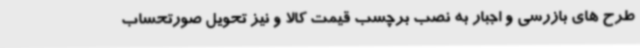
طرح های بازرسی و اجبار به نصب برچسب قیمت کالا و نیز تحویل صورتحساب